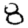
Digit: 8